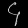
Digit: ၄